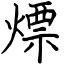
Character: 熛